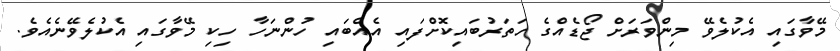
މޭވާގައި އެކުލެވޭ މިންވަރަށް ޖޯޑެއްގެ ހަތަރުބައިކޮށްފައި އެއްބައި ހުންނަހާ ހިކި މޭވާގައި އެކުލެވޭނެއެވެ.